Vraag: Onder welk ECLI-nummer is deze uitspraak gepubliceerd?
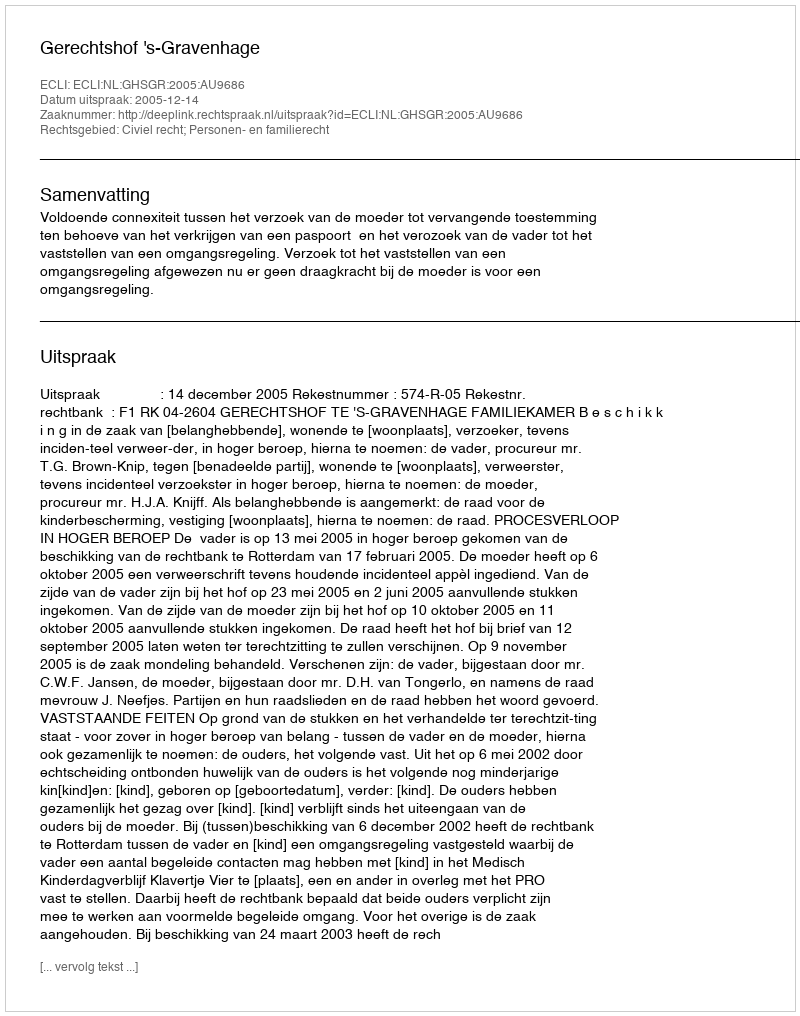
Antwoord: ECLI:NL:GHSGR:2005:AU9686